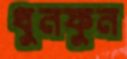
ধুনফুন